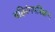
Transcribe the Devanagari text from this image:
बहिरंगपरिक्षण